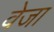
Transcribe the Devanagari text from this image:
वेजा